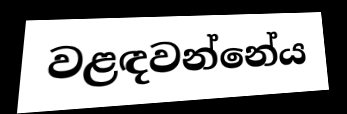
වළඳවන්නේය